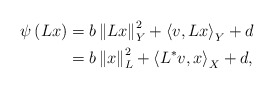
\begin{align*}\psi\left(Lx\right) &=b\left\Vert Lx\right\Vert_Y ^{2}+\left\langle v,Lx\right\rangle_Y +d\\& =b\left\Vert x\right\Vert_{L}^{2}+\left\langle L^{*}v,x\right\rangle_X +d,\end{align*}